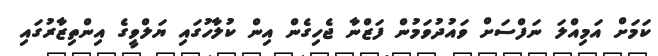
ކަމަށް އަމިއްލަ ނަފްސަށް ވައުދުވަމުން ފަޒްނާ ޖެހިގެން އިން ކުލާހުގައި ޔަލްވީގެ އިންތިޒާރުގައި